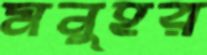
মনুহর